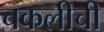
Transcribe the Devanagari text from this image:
चकलीची